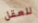
للعقل